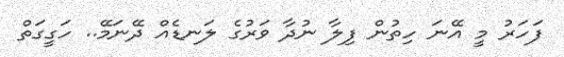
ފަހަރު މީ އޭނަ ހިތުން ފިލާ ނުދާ ވަރުގެ ލަނޑެއް ދޭނަމޭ.. ހަގީގަތް